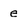
Character: e